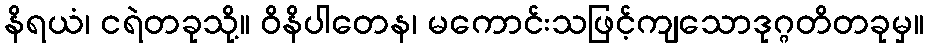
နိရယံ၊ ငရဲတခုသို့။ ဝိနိပါတေန၊ မကောင်းသဖြင့်ကျသောဒုဂ္ဂတိတခုမှ။